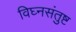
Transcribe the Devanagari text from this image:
विघ्नसंतुष्ट